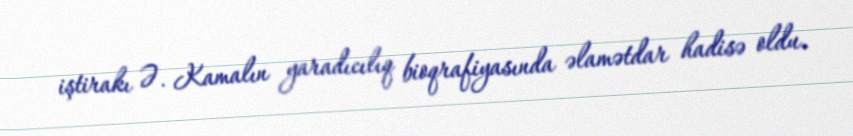
iştirakı Ə. Kamalın yaradıcılıq bioqrafiyasında əlamətdar hadisə oldu.